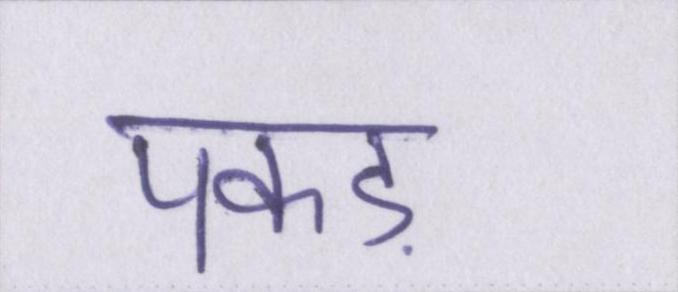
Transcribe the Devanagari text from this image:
पकड़